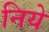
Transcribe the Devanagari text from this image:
निये